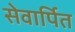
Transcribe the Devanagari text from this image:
सेवार्पित